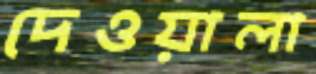
দেওয়ালা